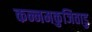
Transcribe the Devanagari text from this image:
कन्नमकुजिताडु